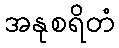
အနုစရိတံ